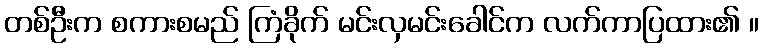
တစ်ဦးက စကားစမည် ကြံခိုက် မင်းလှမင်းခေါင်က လက်ကာပြထား၏ ။